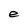
Character: e